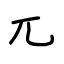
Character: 兀